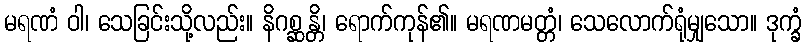
မရဏံ ဝါ၊ သေခြင်းသို့လည်း။ နိဂစ္ဆန္တိ၊ ရောက်ကုန်၏။ မရဏမတ္တံ၊ သေလောက်ရုံမျှသော။ ဒုက္ခံ